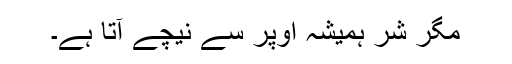
مگر شر ہمیشہ اوپر سے نیچے آتا ہے۔